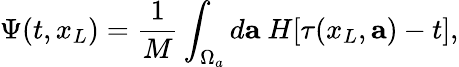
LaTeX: \Psi(t,x_{L})=\frac{1}{M}\int_{\Omega_{a}}d{\mathbf a}~H[\tau(x_{L},{\mathbf a})-t],